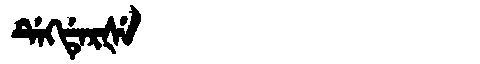
Manchu: ᡩᡝᡴᡩᡝᡵᡧᡝ
Romanization: DEKDERŠE